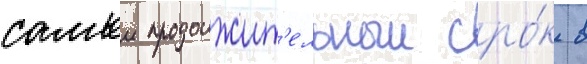
самыи продолжит'ельныи сро́к в